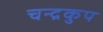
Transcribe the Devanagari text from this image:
चन्द्रकुप